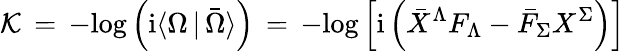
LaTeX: {\cal K}\, =\, -\mathrm{log}\left(\mathrm{i}\langle\Omega\, \vert\, \bar{\Omega}\rangle\right)\, =\, -\mathrm{log}\left[\mathrm{i}\left({\bar{X}}^{\Lambda}F_{\Lambda}-{\bar{F}}_{\Sigma}X^{\Sigma}\right)\right]